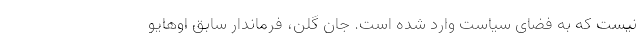
نیست که به فضای سیاست وارد شده است. جان گلن، فرماندار سابق اوهایو